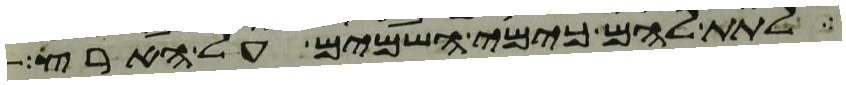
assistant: לתת להם כימי השמים על הארץ